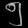
Digit: ၅